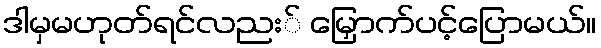
ဒါမှမဟုတ်ရင်လညး် မြှောက်ပင့်ပြောမယ်။